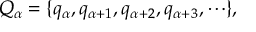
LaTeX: Q _ { \alpha } = \{ q _ { \alpha } , q _ { \alpha + 1 } , q _ { \alpha + 2 } , q _ { \alpha + 3 } , \cdots \} ,